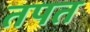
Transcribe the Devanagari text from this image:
तपत